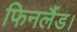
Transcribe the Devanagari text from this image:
फिनलैंड।